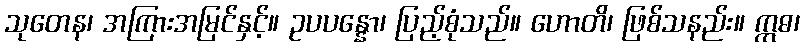
သုတေန၊ အကြားအမြင်နှင့်။ ဥပပန္နော၊ ပြည့်စုံသည်။ ဟောတိ၊ ဖြစ်သနည်း။ ဣဓ၊